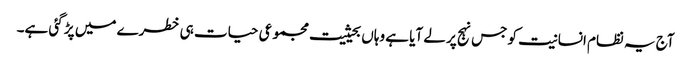
آج یہ نظام انسانیت کو جس نہج پر لے آیا ہے وہاں بحیثیت مجموعی حیات ہی خطرے میں پڑ گئی ہے۔